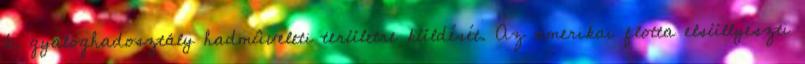
6. gyaloghadosztály hadmûveleti területre küldését. Az amerikai flotta elsüllyeszti